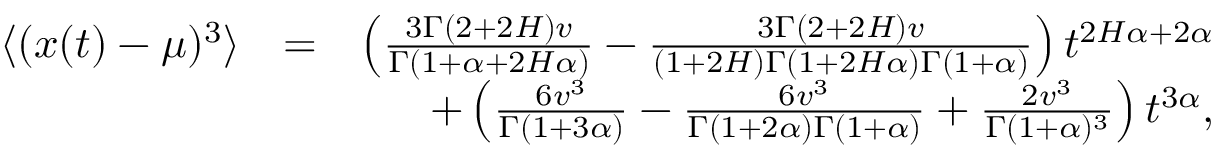
\begin{array} { r l r } { \langle ( x ( t ) - \mu ) ^ { 3 } \rangle } & { = } & { \left( \frac { 3 \Gamma ( 2 + 2 H ) v } { \Gamma ( 1 + \alpha + 2 H \alpha ) } - \frac { 3 \Gamma ( 2 + 2 H ) v } { ( 1 + 2 H ) \Gamma ( 1 + 2 H \alpha ) \Gamma ( 1 + \alpha ) } \right) t ^ { 2 H \alpha + 2 \alpha } } \\ & { } & { + \left( \frac { 6 v ^ { 3 } } { \Gamma ( 1 + 3 \alpha ) } - \frac { 6 v ^ { 3 } } { \Gamma ( 1 + 2 \alpha ) \Gamma ( 1 + \alpha ) } + \frac { 2 v ^ { 3 } } { \Gamma ( 1 + \alpha ) ^ { 3 } } \right) t ^ { 3 \alpha } , } \end{array}